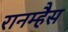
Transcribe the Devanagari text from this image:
रानम्हैस